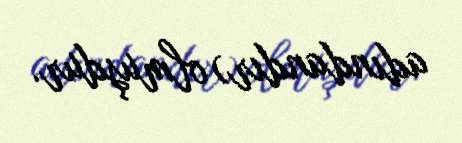
adındandır) olmuşdur.